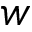
w